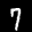
Label: 7